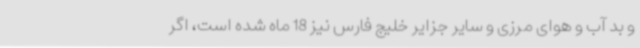
و بد آب و هوای مرزی و سایر جزایر خلیج فارس نیز 18 ماه شده است، اگر